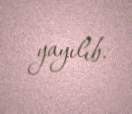
yayılıb.